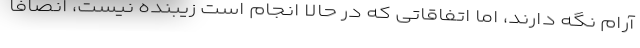
آرام نگه دارند، اما اتفاقاتی که در حالا انجام است زیبنده نیست، انصافا